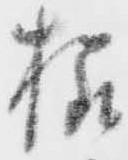
様